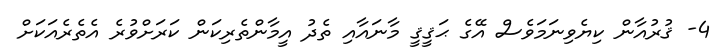
4- ޤުރުއާން ކިޔެވިނަމަވެސް އޭގެ ޙަޤީޤީ މާނައާއި ތެދު އީމާންތެރިކަން ކަރަށްވުރެ އެތެރެއަކަށް